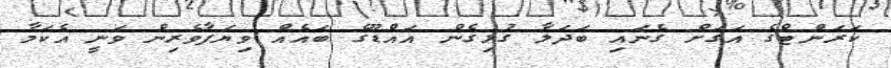
ކަރަންޓްގެ އަގަށް ގެނައި ބަދަލާ ގުޅިގެން އައްޑޫގެ ބައެއް ވިޔަފާވެރިން ވަނީ އެކަމާ